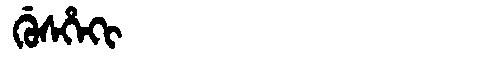
Manchu: ᡤᡠᠰᡥᡝᡴᡳ
Romanization: GUSHEKI